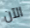
الآن